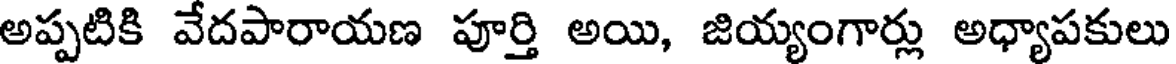
అప్పటికి వేదపారాయణ పూర్తి అయి, జియ్యంగార్లు అధ్యాపకులు